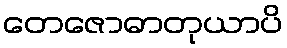
တေဇောဓာတုယာပိ